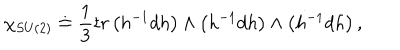
LaTeX: \chi _ { S U ( 2 ) } \doteq \frac { 1 } { 3 } t r \left( h ^ { - 1 } d h \right) \wedge \left( h ^ { - 1 } d h \right) \wedge \left( h ^ { - 1 } d h \right) ,